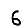
Digit: 6